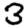
Digit: 3